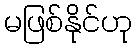
မဖြစ်နိုင်ဟု